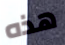
هذه